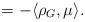
LaTeX: \begin{align*}=- \langle \rho_G, \mu \rangle.\end{align*}